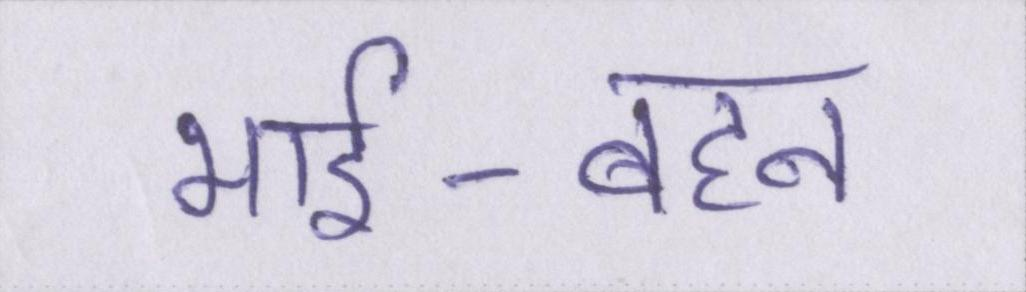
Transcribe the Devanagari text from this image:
भाई-बहन